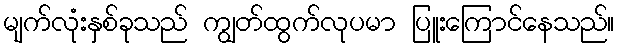
မျက်လုံးနှစ်ခုသည် ကျွတ်ထွက်လုပမာ ပြူးကြောင်နေသည်။